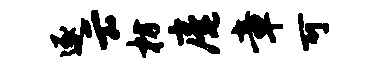
逐云枋庵章可